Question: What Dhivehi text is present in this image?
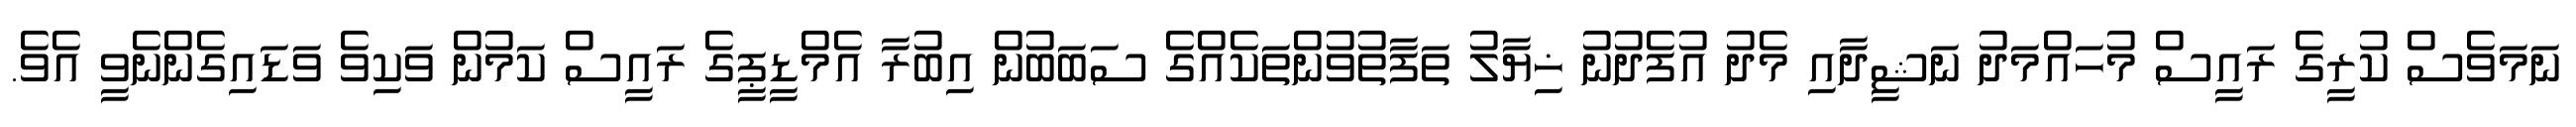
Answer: ނަމަވެސް ކުރީގެ ރައީސް މުހައްމަދު ނަޝީދާއި މެދު އުފެދުނު ޚިޔާލު ތަފާތުވުންތަކެއްގެ ސަބަބުން އިބުރާ އެމްޑީޕީގެ ރައީސް ކަމުން ވަކިވެ ވަޑައިގެންނެވީ އެވެ.